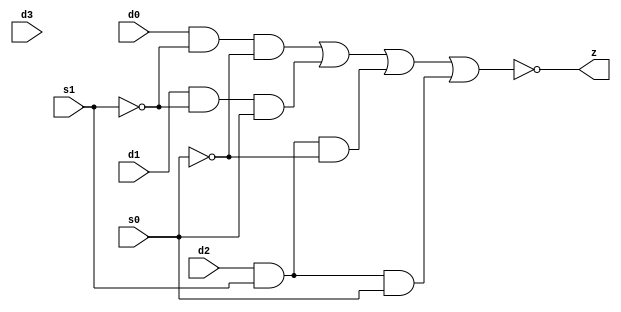
//#############################################################################
//# Function: 4-Input Inverting Mux                                           #
//#                                                                           #
//# Copyright: OH Project Authors. All rights Reserved.                       #
//# License:  MIT (see LICENSE file in OH repository)                         #
//#############################################################################

module asic_muxi4 #(parameter PROP = "DEFAULT")   (
    input  d0,
    input  d1,
    input  d2,
    input  d3,
    input  s0,
    input  s1,
    output z
    );

   assign z = ~((d0 & ~s1 & ~s0) |
		(d1 & ~s1 &  s0) |
		(d2 &  s1 & ~s0) |
		(d2 &  s1 &  s0));

endmodule